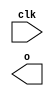
module top(input clk, output [32:0] o);
assign o = 'bx;
endmodule